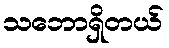
သဘောရှိတယ်